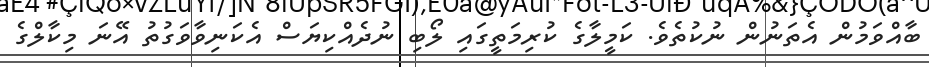
ބާއްވަމުން އެތަނުން ނުކުތެވެ. ކަމީލާގެ ކުރިމަތީގައި ލޯބި ނުދެއްކިޔަސް އެކަނިވާވަގުތު އޭނަ މިކާލްގެ